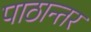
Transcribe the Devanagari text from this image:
पाठान्तर